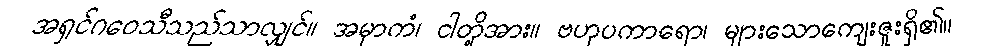
အရှင်ဂဝေသီသည်သာလျှင်။ အမှာကံ၊ ငါတို့အား။ ဗဟုပကာရော၊ များသောကျေးဇူးရှိ၏။